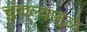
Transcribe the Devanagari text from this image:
चुकल्यामुळे